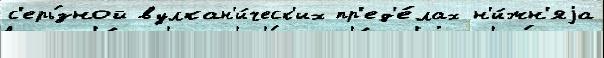
с'ерь́зной вулкан'и́ческ'их пр'ед'е́лах н'и́жн'яjа